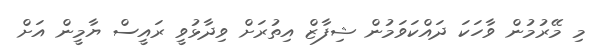
މި މޭރުމުން ވާހަކަ ދައްކަވަމުން ޝިފާޒް އިތުރަށް ވިދާޅުވީ ރައީސް ޔާމީން އަށް